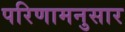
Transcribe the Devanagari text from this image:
परिणामनुसार